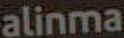
alinma